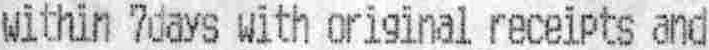
WITHIN 7DAYS WITH ORIGINAL RECEIPTS AND